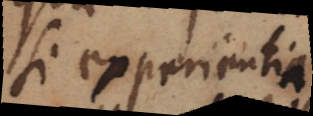
si experientia